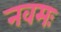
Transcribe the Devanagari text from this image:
नवमः